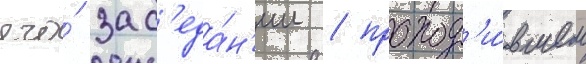
его́ зас'еда́н'ии / проход'и́вшем